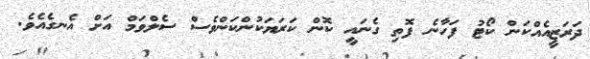
ދަރަޒީއެއްކަން ކޯޓު ފަހާނެ ފޮތި ގެނައީ ކޮން ކަރަޔަކުންކަންވެސް ސެލްވަމް އަށް އެނގެއެވެ.